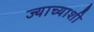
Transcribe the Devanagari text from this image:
ज्याच्याशी